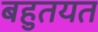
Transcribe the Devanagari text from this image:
बहुतयत